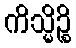
ကိသ္မိဉ္စိ